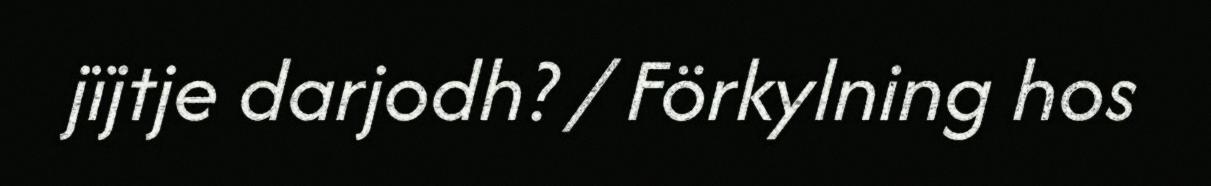
jïjtje darjodh? / Förkylning hos